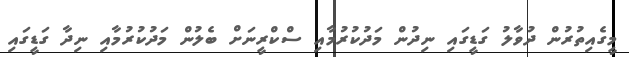
މީގެއިތުރުން ދުވާލު ގަޑީގައި ނިދުން މަދުކުރުމާއި ސްކްރީނަށް ބެލުން މަދުކުރުމާއި ނިދާ ގަޑީގައި